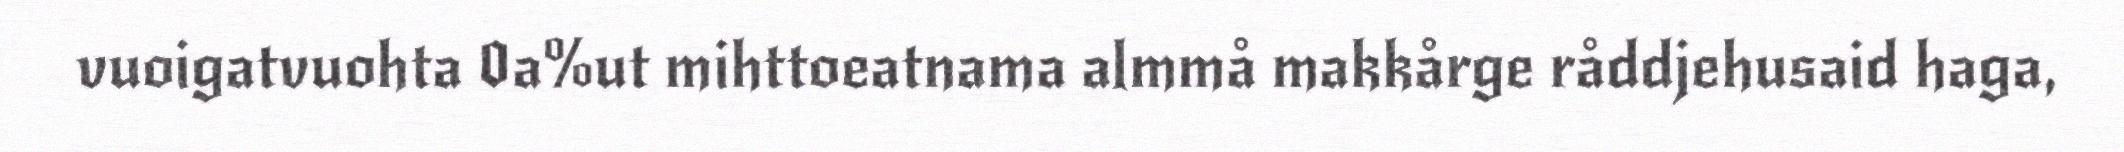
vuoigatvuohta 0a%ut mihttoeatnama almmå makkårge råddjehusaid haga,